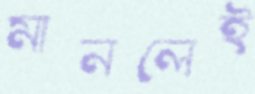
মানলেই